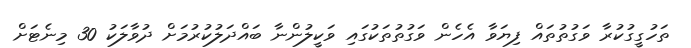
ތަހުގީގުކުރާ ވަގުތުތައް ފިޔަވާ އެހެން ވަގުތުތަކުގައި ވަކީލުންނާ ބައްދަލުކުރުމަށް ދުވާލަކު 30 މިނެޓަށް